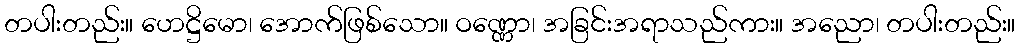
တပါးတည်း။ ဟေဋ္ဌိမော၊ အောက်ဖြစ်သော။ ဝဏ္ဏော၊ အခြင်းအရာသည်ကား။ အညော၊ တပါးတည်း။